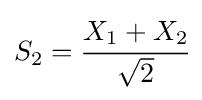
S_{2}={\cfrac {X_{1}+X_{2}}{\sqrt {2}}}